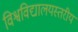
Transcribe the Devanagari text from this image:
विश्वविद्यालयस्तरीय